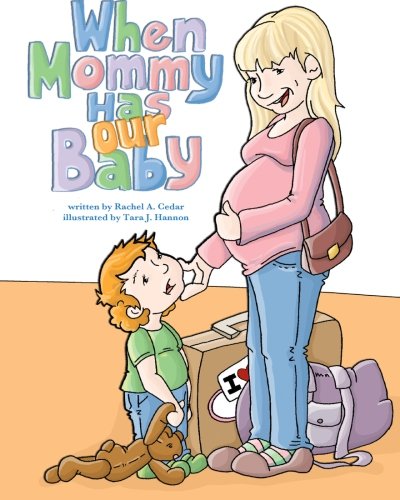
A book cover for When Mommy Has Our Baby; Rachel Armstrong Cedar; Parenting & Relationships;